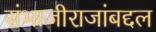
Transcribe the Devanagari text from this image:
संभाजीराजांबद्दल